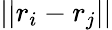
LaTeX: ||r_{i}-r_{j}||